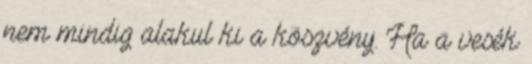
nem mindig alakul ki a köszvény. Ha a vesék